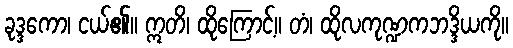
ခုဒ္ဒကော၊ ငယ်၏။ ဣတိ၊ ထိုကြောင့်။ တံ၊ ထိုလကုဏ္ဍကဘဒ္ဒိယကို။